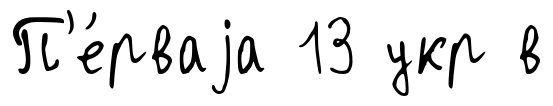
П'е́рваjа 13 укр в